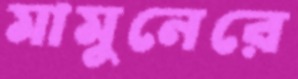
মামুনেরে